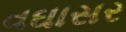
વઘાસર